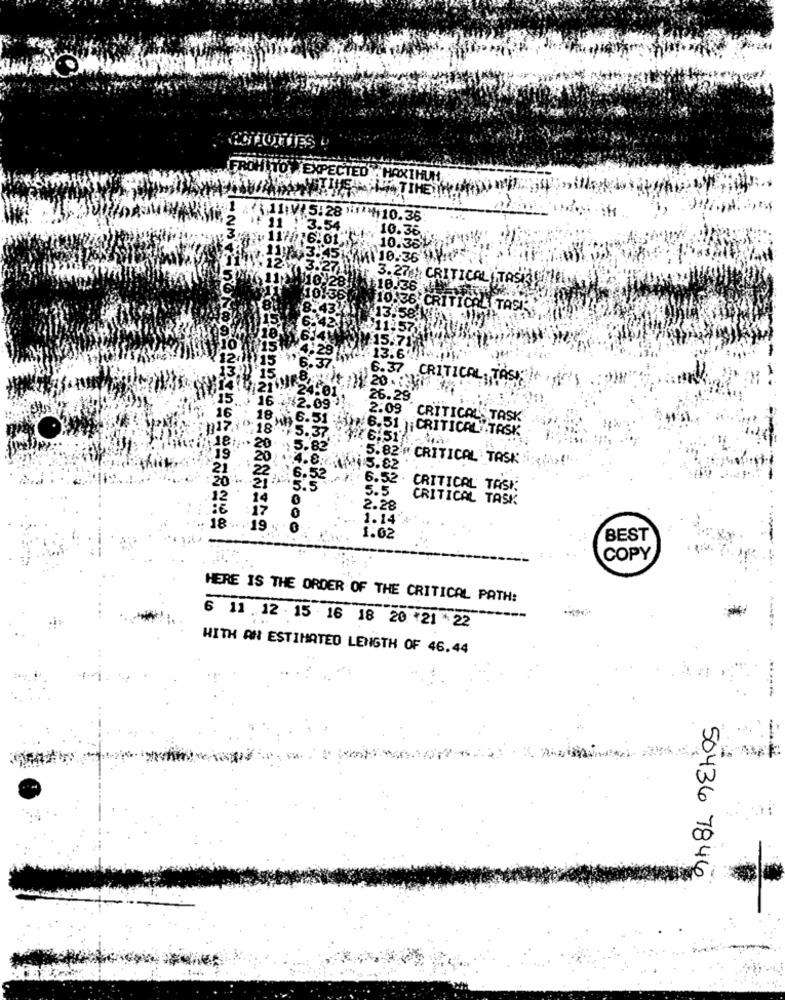
FROH TTO EXPECTED HAXIHUN
.. \ 11:V(5:28
11
110.35
:3.54
:10.3
10.36
3.27 * CRITICAL TASI
$10:28!
$18.36
10,36 CRITICAL TASI
13.58. JAKUT
$13,6".
6.37 CRITICAL, TAS
26.29
$2.09
2.09
6.5
CRITICAL TASK
6.51 ; CRITICAL TASK
16:51?
5.82' CRITICAL TASK
6.52
.J. 6.52
5.5
5.5
CRITICAL TASK:
14
CRITICAL TASK
2.28
18.
17
1.14'
19 %
1.02
BEST
COPY
HERE IS THE ORDER OF THE CRITICAL PATH:
6 11.12:15 16 18 20 21 * 22
WITH AN ESTIMATED LENGTH OF 46.44
50436 7846